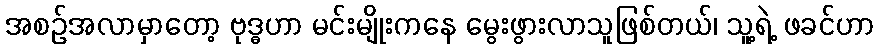
အစဉ်အလာမှာတော့ ဗုဒ္ဓဟာ မင်းမျိုးကနေ မွေးဖွားလာသူဖြစ်တယ်၊ သူ့ရဲ့ ဖခင်ဟာ